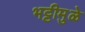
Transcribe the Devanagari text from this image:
भट्टीमुळे